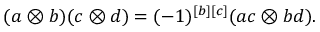
( a \otimes b ) ( c \otimes d ) = ( - 1 ) ^ { [ b ] [ c ] } ( a c \otimes b d ) .